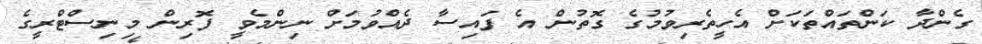
ގެންދާ ކަންތައްތަކަށް އެހީތެރިވުމުގެ ގޮތުން އެ ފައިސާ ދެެއްވުމަށް ނިންމެވީ ފޮރިން މިނިސްޓްރީގެ